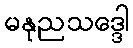
မနုညသဒ္ဒေါ